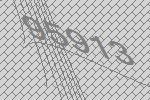
95913